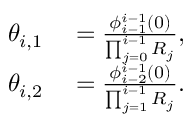
\begin{array} { r l } { \theta _ { i , 1 } } & { { } = \frac { \phi _ { i - 1 } ^ { i - 1 } ( 0 ) } { \prod _ { j = 0 } ^ { i - 1 } R _ { j } } , } \\ { \theta _ { i , 2 } } & { { } = \frac { \phi _ { i - 2 } ^ { i - 1 } ( 0 ) } { \prod _ { j = 1 } ^ { i - 1 } R _ { j } } . } \end{array}